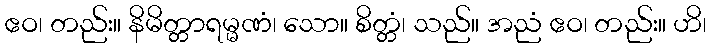
ဧဝ၊ တည်း။ နိမိတ္တာရမ္မဏံ၊ သော။ စိတ္တံ၊ သည်။ အညံ ဧဝ၊ တည်း။ ဟိ၊